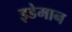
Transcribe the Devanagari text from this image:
इडेमान